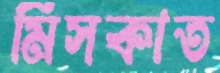
মিসকাত